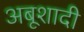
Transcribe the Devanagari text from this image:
अबूशादी